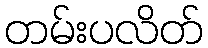
တမ်းပလိတ်